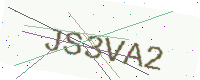
Text: JS3VA2